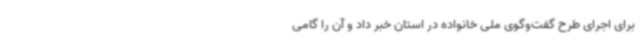
برای اجرای طرح گفت‌وگوی ملی خانواده در استان خبر داد و آن را گامی